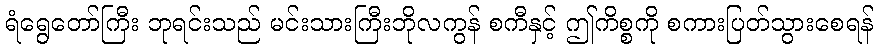
ရံရွေတော်ကြီး ဘုရင်းသည် မင်းသားကြီးဘိုလကွန် စကီနှင့် ဤကိစ္စကို စကားပြတ်သွားစေရန်